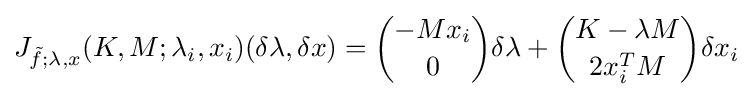
J_{{\tilde {f}};\lambda ,x}(K,M;\lambda _{i},x_{i})(\delta \lambda ,\delta x)={\binom {-Mx_{i}}{0}}\delta \lambda +{\binom {K-\lambda M}{2x_{i}^{T}M}}\delta x_{i}